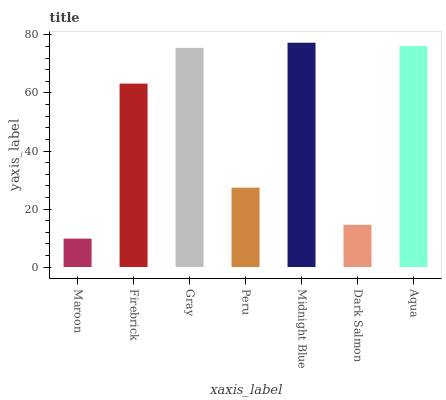
| xaxis_label | bars |
 | --- | --- |
 | Maroon | 9.79 |
 | Firebrick | 63.2 |
 | Gray | 75.6 |
 | Peru | 27.4 |
 | Midnight Blue | 77.3 |
 | Dark Salmon | 14.6 |
 | Aqua | 76.2 |